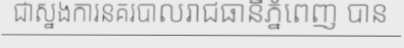
ជាស្នងការនគរបាលរាជធានីភ្នំពេញ បាន